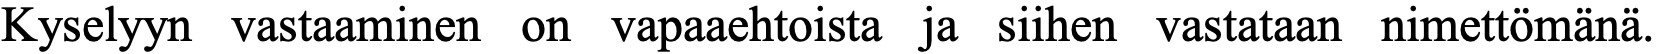
Kyselyyn vastaaminen on vapaaehtoista ja siihen vastataan nimettömänä.